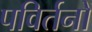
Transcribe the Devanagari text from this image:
पविर्तनों